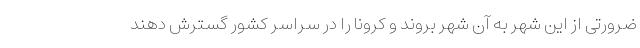
ضرورتی از این شهر به آن شهر بروند و کرونا را در سراسر کشور گسترش دهند